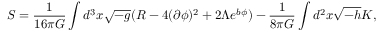
S = \frac { 1 } { 1 6 \pi G } \int d ^ { 3 } x \sqrt { - g } ( R - 4 ( \partial \phi ) ^ { 2 } + 2 \Lambda e ^ { b \phi } ) - \frac { 1 } { 8 \pi G } \int d ^ { 2 } x \sqrt { - h } K ,